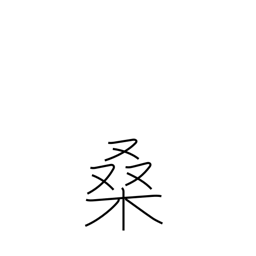
Meaning: mulberry